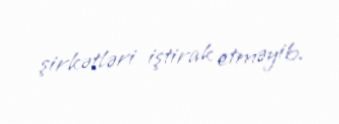
şirkətləri iştirak etməyib.